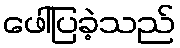
ဖေါ်ပြခဲ့သည်